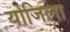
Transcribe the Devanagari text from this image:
योजिला